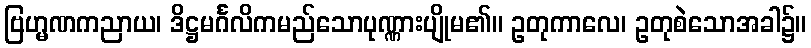
ဗြဟ္မဏကညာယ၊ ဒိဋ္ဌမင်္ဂလိကမည်သောပုဏ္ဏားပျိုမ၏။ ဥတုကာလေ၊ ဥတုစဲသောအခါ၌။